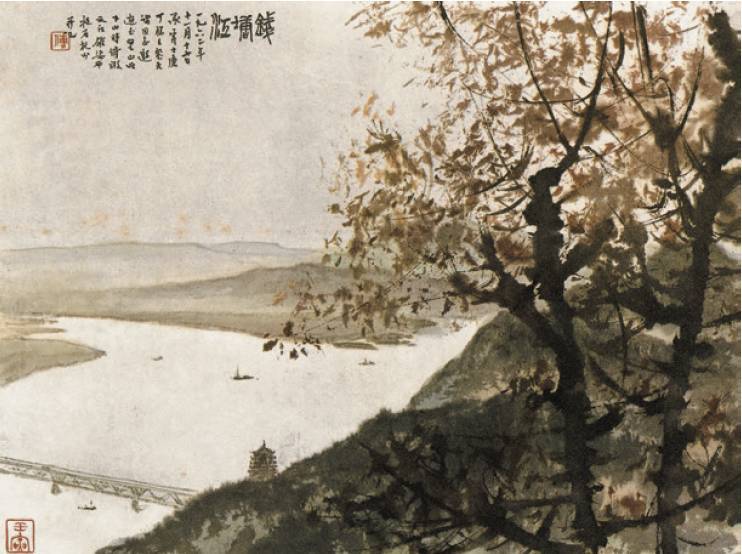
野田春水碧于镜，人影渡傍鸥不惊。